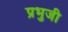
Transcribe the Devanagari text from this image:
प्रभुजी